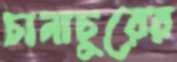
চানাচুরের